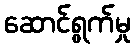
ဆောင်ရွက်မှု